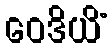
ဝေဒိယိံ